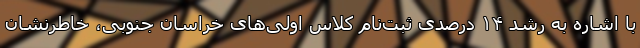
با اشاره به رشد ۱۴ درصدی ثبت‌نام کلاس اولی‌های خراسان جنوبی، خاطرنشان